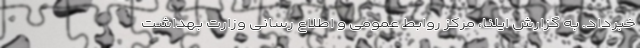
خبرداد. به گزارش ایلنا، مرکز روابط عمومی و اطلاع رسانی وزارت بهداشت